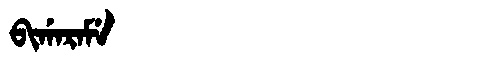
Manchu: ᠪᡳᡤᠠᡵᠠᠮᡝ
Romanization: BIGARAME